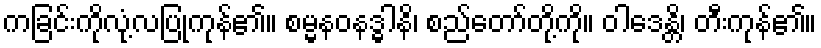
ကခြင်းကိုလုံ့လပြုကုန်၏။ စမ္မနဝနဒ္ဓါနိ၊ စည်တော်တို့ကို။ ဝါဒေန္တိ၊ တီးကုန်၏။